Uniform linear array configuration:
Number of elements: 32
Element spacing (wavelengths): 1
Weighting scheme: binomial
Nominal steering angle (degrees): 0
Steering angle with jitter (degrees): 1.54
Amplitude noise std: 0.05
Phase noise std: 0.05

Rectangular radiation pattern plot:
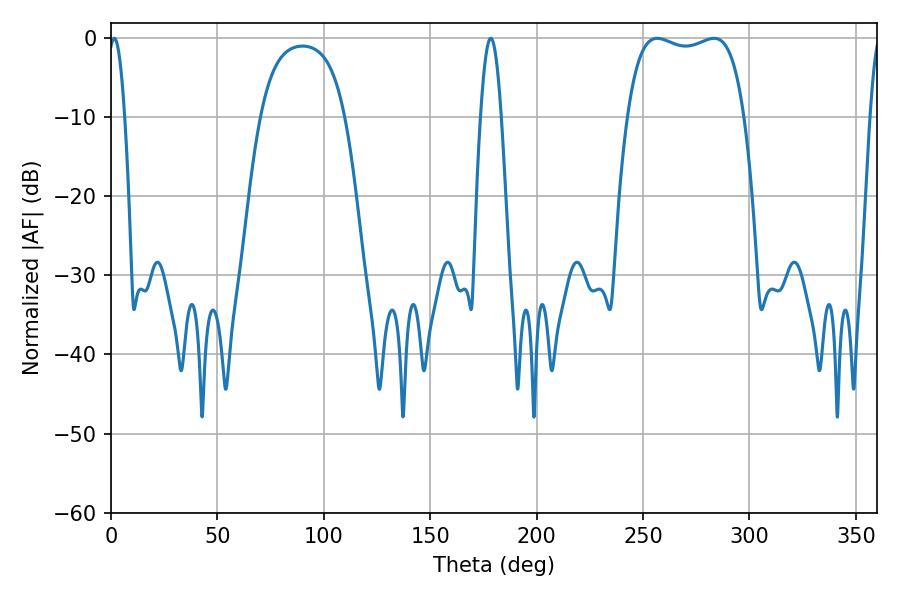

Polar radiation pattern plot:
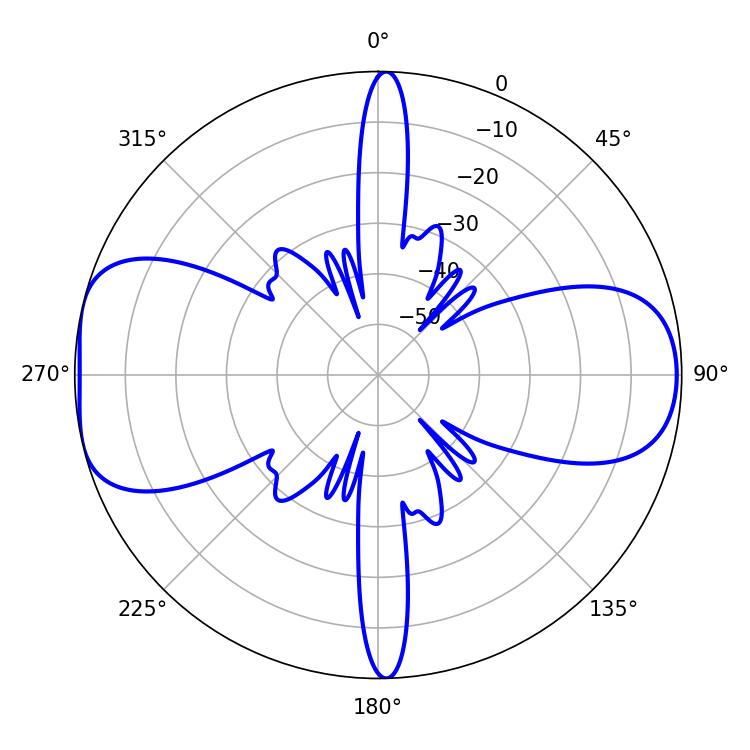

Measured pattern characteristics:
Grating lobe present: TRUE
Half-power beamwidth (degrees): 44.28
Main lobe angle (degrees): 283.32